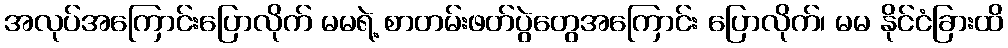
အလုပ်အကြောင်းပြောလိုက် မမရဲ့ စာတမ်းဖတ်ပွဲတွေအကြောင်း ပြောလိုက်၊ မမ နိုင်ငံခြားထိ